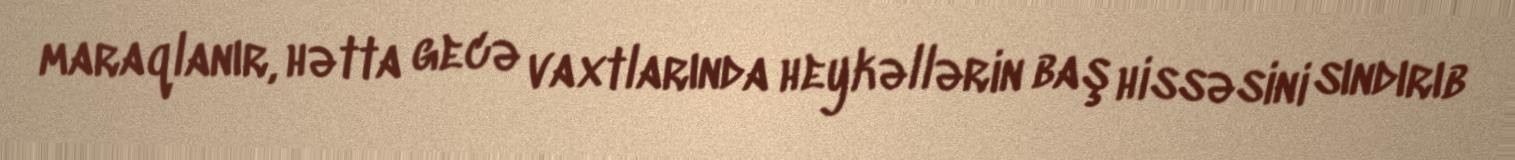
maraqlanır, hətta gecə vaxtlarında heykəllərin baş hissəsini sındırıb